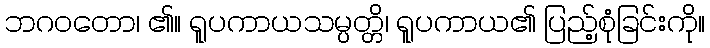
ဘဂဝတော၊ ၏။ ရူပကာယသမ္ပတ္တိ၊ ရူပကာယ၏ ပြည့်စုံခြင်းကို။